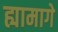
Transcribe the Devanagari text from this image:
ह्यामागे